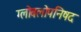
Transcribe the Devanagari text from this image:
ग्लोबलोपनिषद